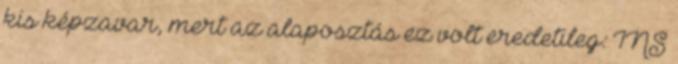
kis képzavar, mert az alaposztás ez volt eredetileg: INS